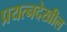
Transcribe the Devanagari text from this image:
प्रयत्नदेखील